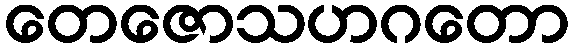
တေဇောသဟဂတော